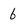
Character: 6